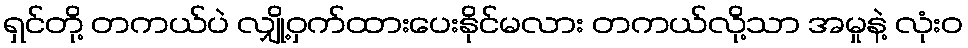
ရှင်တို့ တကယ်ပဲ လျှို့ဝှက်ထားပေးနိုင်မလား တကယ်လို့သာ အမှုနဲ့ လုံးဝ